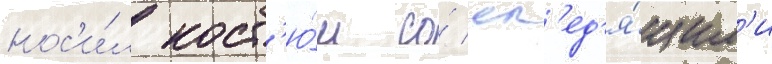
нос'и́л кост'ю́м со́ сл'ед'я́щим'и